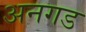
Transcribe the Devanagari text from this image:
अनगड